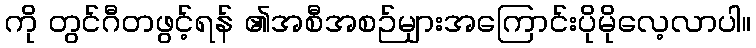
ကို တွင်ဂီတဖွင့်ရန် ၏အစီအစဉ်များအကြောင်းပိုမိုလေ့လာပါ။